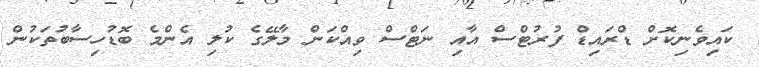
ކައިވެނިކޮށް ޑްރައިޑް ފުރުޓްސް އާއި ނަޓްސް ވިއްކަން މާލޭގެ ކުލި އެންމެ ބޮޑުހިސާބުތަކުން